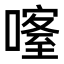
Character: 𠾰